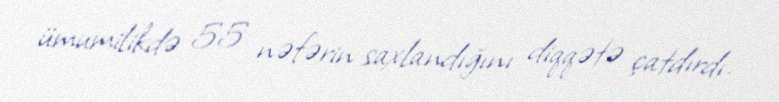
ümumilikdə 55 nəfərin saxlandığını diqqətə çatdırdı.